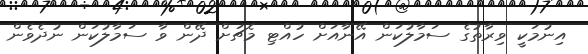
އިނުމަކީ ވިރާތުގެ ސަމާލުކަން އޭނާއަށް ހުއްޓި މެޗަށް ދޭން ވާ ސަމާލުކަން ނުދެވެން